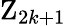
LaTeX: \mathrm{Z}_{2k+1}